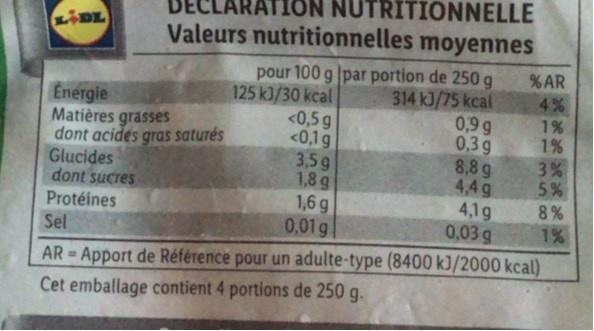
NUTRITIONNELLE Valeurs nutritionnelles moyennes
pour 100 g |par portion de 250 g 314 kJ/75 kcal 0,9 g 0,3 g 8,8 g 4,4 g 4,1g 0,03 g
%AR
125 k3/30 kcal <0,5g <0,1g 3,5 g 1,8 g 1,6 g 0,01g
4%
Energie Matières grasses dont acides gras saturés Glucides dont sucres
1%
1% 3% 5 %
8 %
Protéines Sel
1%
AR = Apport de Référence pour un adulte-type (8400 kJ/2000 kcal)
Cet emballage contient 4 portions de 250 g.